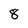
Character: 8